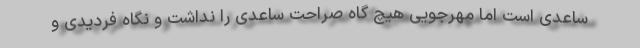
ساعدی است اما مهرجویی هیچ گاه صراحت ساعدی را نداشت و نگاه فردیدی و